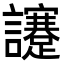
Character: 𧮈